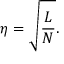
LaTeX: \eta = \sqrt { { \frac { L } { N } } } .